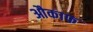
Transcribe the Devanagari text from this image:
औकाफ